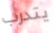
يتدرب